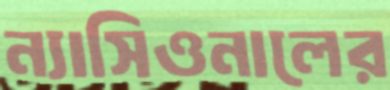
ন্যাসিওনালের